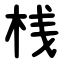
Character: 桟